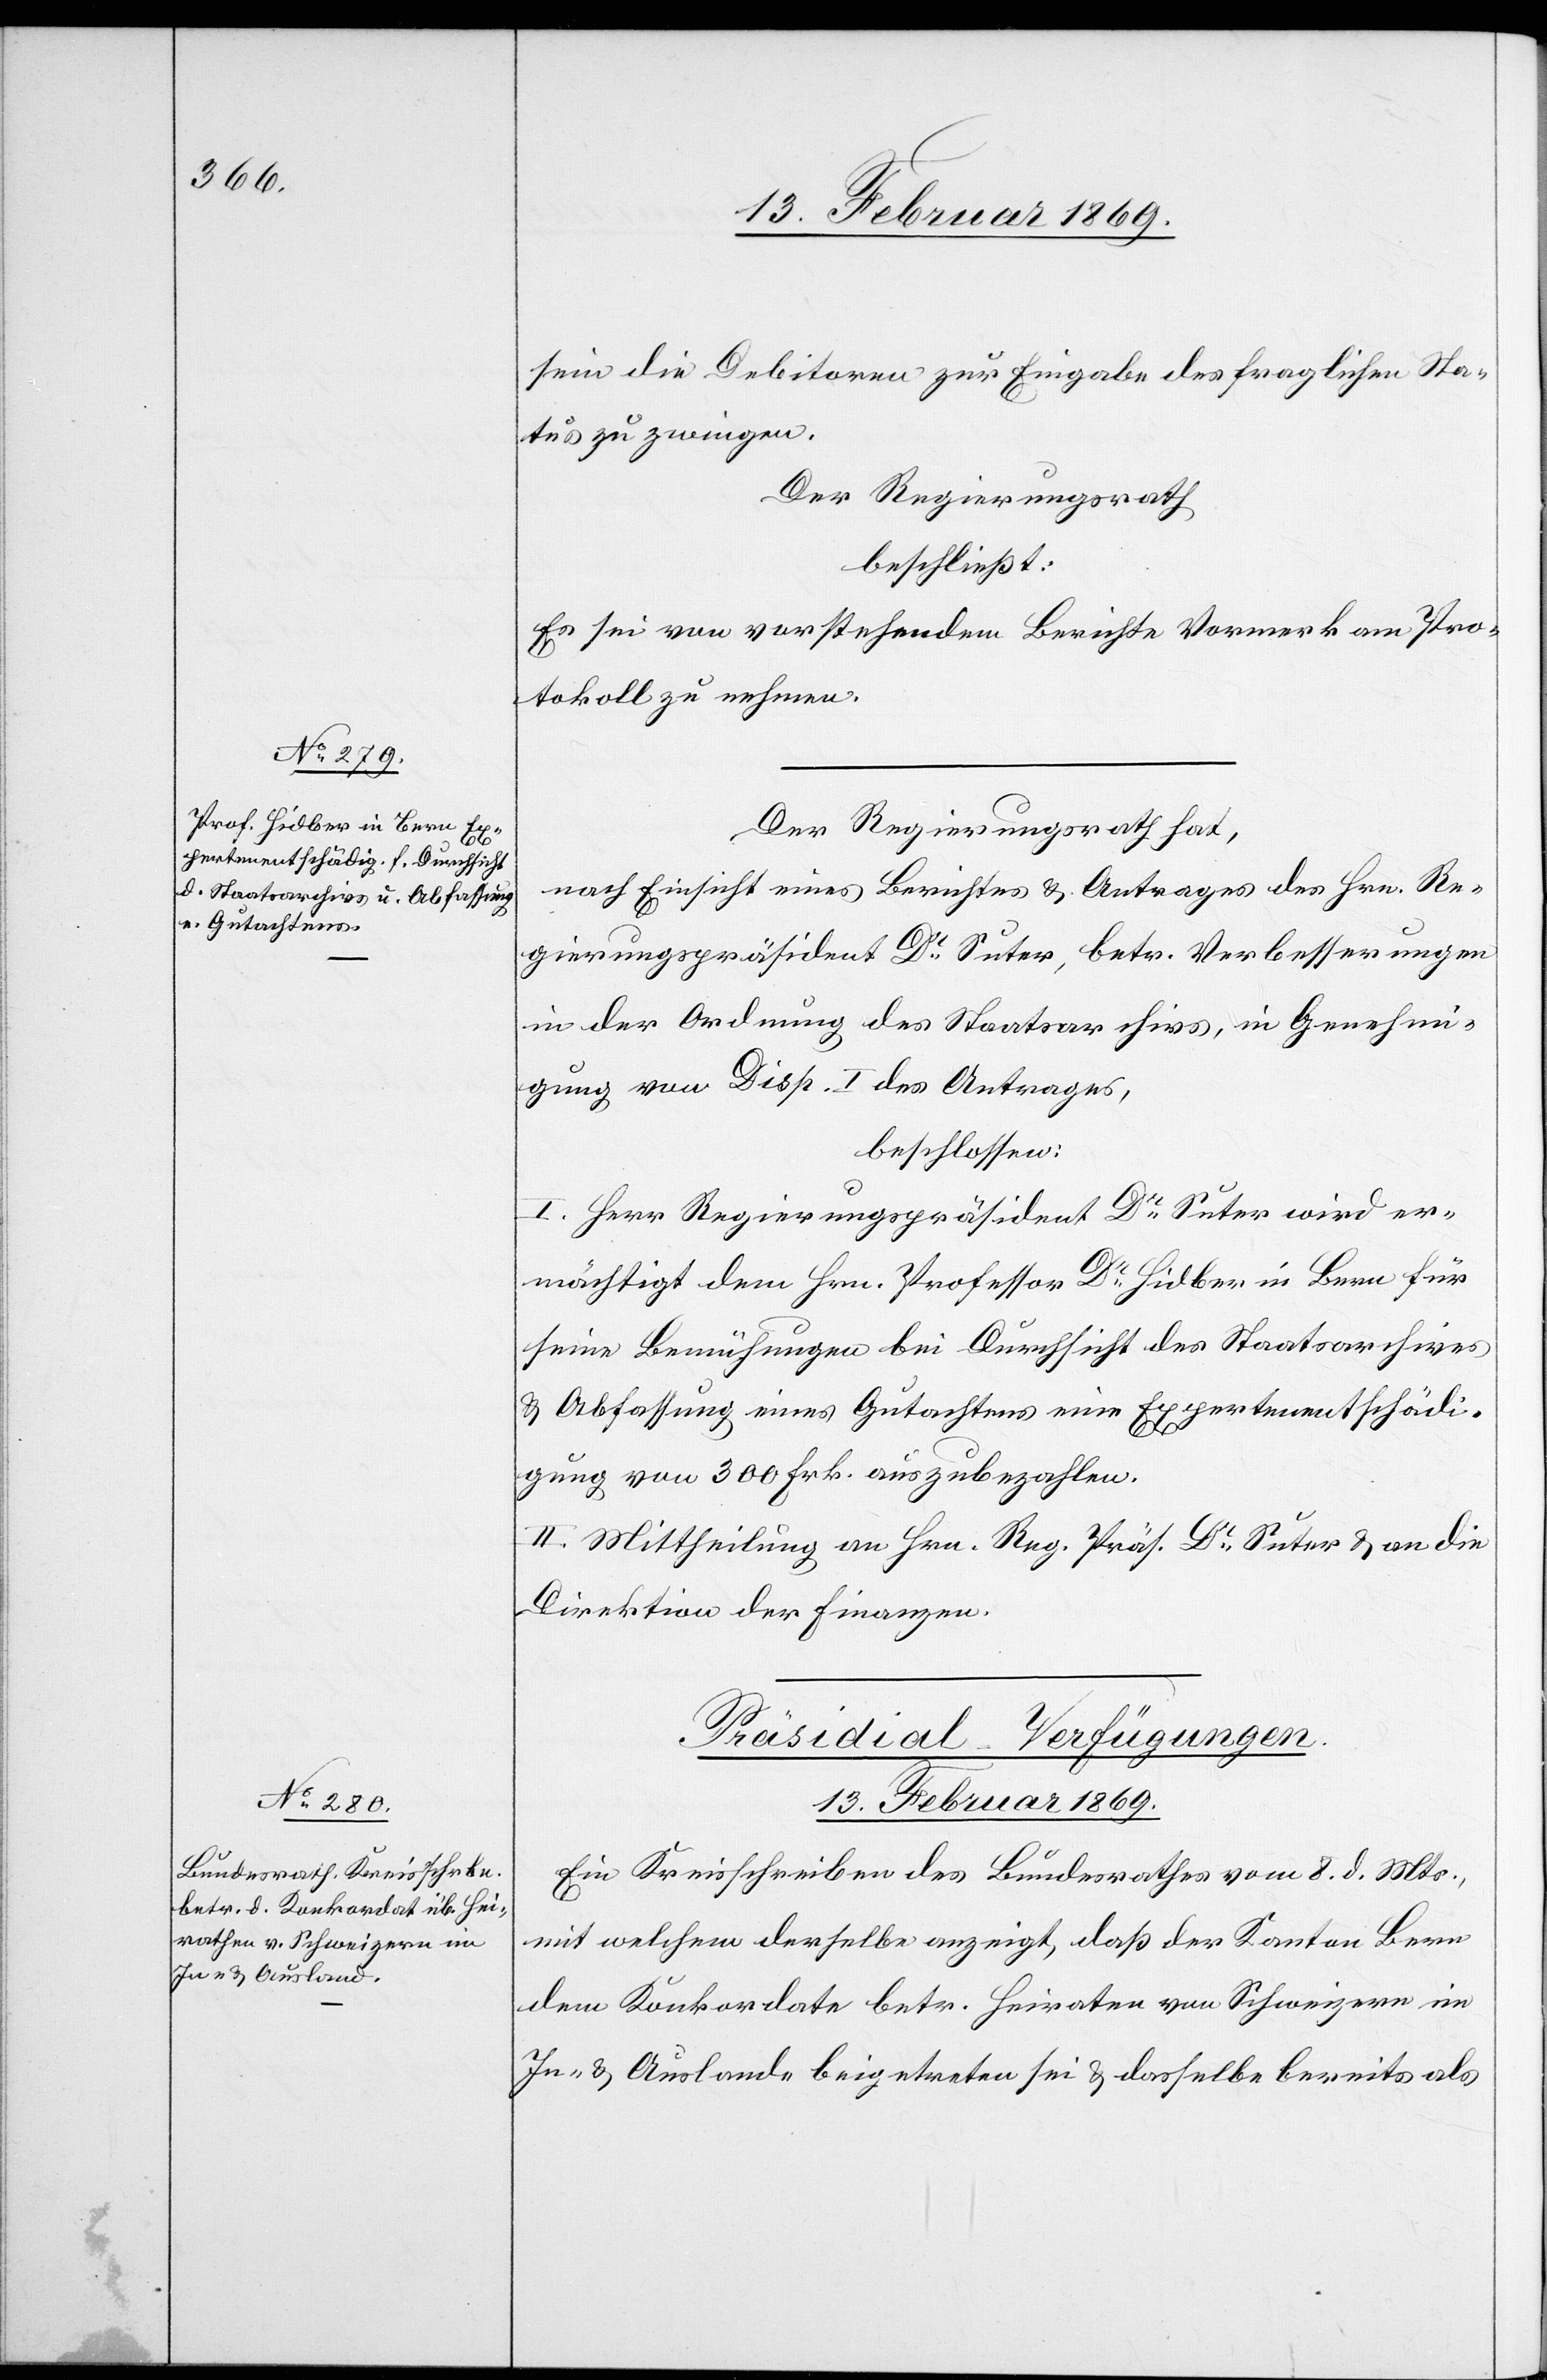
Der Regierungsrath hat,
nach Einsicht eines Berichtes u. Antrages des Hrn. Re¬
gierungspräsident Dr Suter, betr. Verbesserungen
in der Ordnung des Staatsarchivs, in Genehmi¬
gung von Disp. I des Antrages,
beschlossen:
I. Herr Regierungspräsident Dr Suter wird er¬
mächtigt dem Hrn. Professor Dr Hidber in Bern für
seine Bemühungen bei Durchsicht des Staatsarchives
& Abfassung eines Gutachtens eine Expertenentschädi¬
gung von 300 Frk. auszubezahlen.
II. Mittheilung an Hrn. Reg. Präs. Dr Suter u. an die
Direktion der Finanzen.
Präsidial-Verfügungen.
13. Februar 1869.
Ein Kreisschreiben des Bundesrathes vom 8. d. Mts.,
mit welchem derselbe anzeigt, daß der Kanton Bern
dem Konkordate betr. Heiraten von Schweizern im
In- & Auslande beigetreten sei & dasselbe bereits als